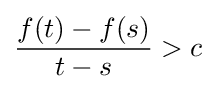
{f(t)-f(s) \over t-s}>c